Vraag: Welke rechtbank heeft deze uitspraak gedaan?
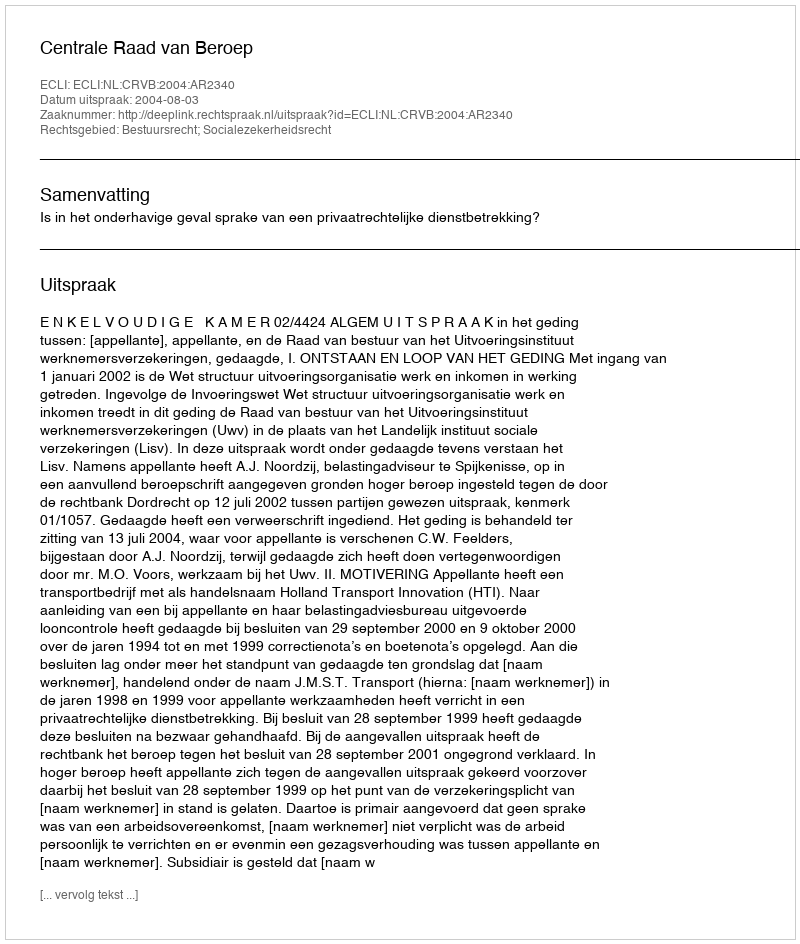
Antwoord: Centrale Raad van Beroep